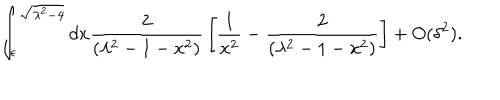
\int _ { \epsilon } ^ { \sqrt { \lambda ^ { 2 } - 4 } } { d x { \frac { 2 } { \left( \lambda ^ { 2 } - 1 - x ^ { 2 } \right) } } \left[ { \frac { 1 } { x ^ { 2 } } } - { \frac { 2 } { \left( \lambda ^ { 2 } - 1 - x ^ { 2 } \right) } } \right] } + O ( \delta ^ { 2 } ) .